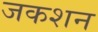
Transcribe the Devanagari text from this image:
जकशन